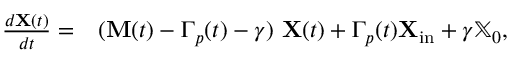
\begin{array} { r l } { \frac { d \mathbf { X } ( t ) } { d t } = } & { { } ( \mathbf { M } ( t ) - \Gamma _ { p } ( t ) - \gamma ) \ \mathbf { X } ( t ) + \Gamma _ { p } ( t ) \mathbf { X } _ { \mathrm { i n } } + \gamma \mathbb { X } _ { 0 } , } \end{array}